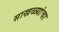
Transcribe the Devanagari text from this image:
साखळ्यांचा